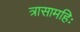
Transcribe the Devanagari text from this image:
त्रासामहिः